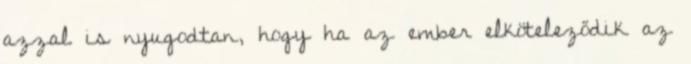
azzal is nyugodtan, hogy ha az ember elköteleződik az